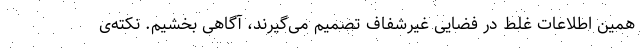
همین اطلاعات غلط در فضایی غیرشفاف تصمیم می‌گیرند، آگاهی بخشیم. نکته‌ی